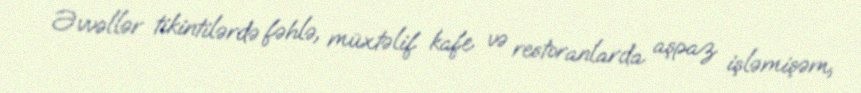
Əvvəllər tikintilərdə fəhlə, müxtəlif kafe və restoranlarda aşpaz işləmişəm,